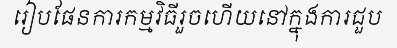
រៀបផែនការកម្មវិធីរួចហើយនៅក្នុងការជួប